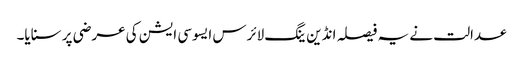
عدالت نے یہ فیصلہ انڈین ینگ لائرس ایسوسی ایشن کی عرضی پر سنایا۔